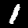
Digit: 1